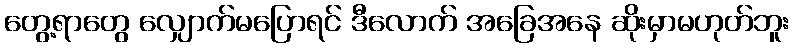
တွေ့ရာတွေ လျှောက်မပြောရင် ဒီလောက် အခြေအနေ ဆိုးမှာမဟုတ်ဘူး